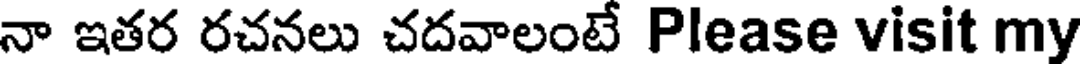
నా ఇతర రచనలు చదవాలంటే Please visit my